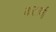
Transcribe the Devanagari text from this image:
कटाणी